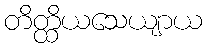
တိတ္ထိယသေယျာယ